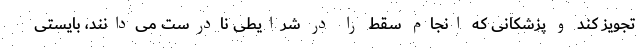
تجویز کند و پزشکانی که انجام سقط را در شرایطی نادرست می‌دانند، بایستی